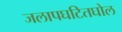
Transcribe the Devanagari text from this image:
जलापघटितघोल